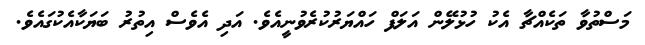
މަސްތުވާ ތަކެއްޗާ އެކު ހުޅުލޭން އަލަފް ހައްޔަރުކުރެވުނީއެވެ. އަދި އެވެސް އިތުރު ބަޔަކާއެކުގައެވެ.